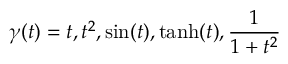
\gamma ( t ) = t , t ^ { 2 } , \sin ( t ) , \operatorname { t a n h } ( t ) , \frac { 1 } { 1 + t ^ { 2 } }